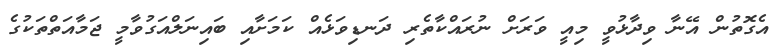
އެގޮތުން އޭނާ ވިދާޅުވީ މިއީ ވަރަށް ނުރައްކާތެރި ދަނޑިވަޅެއް ކަމަށާއި ބައިނަލްއަގުވާމީ ޖަމާއަތްތަކުގެ